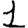
Digit: 1